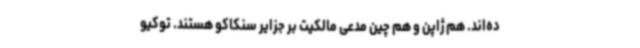
ده‌اند. هم ژاپن و هم چین مدعی مالکیت بر جزایر سنکاکو هستند. توکیو